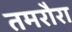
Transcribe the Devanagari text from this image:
तमरौरा